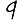
Digit: 9